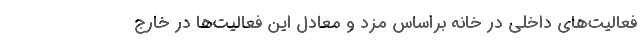
فعالیت‌های داخلی در خانه براساس مزد و معادل این فعالیت‌ها در خارج